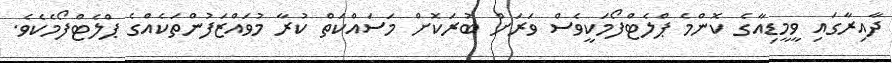
ދާއިރާގައި ވީމީޑިއާގެ ކޮންމެ ޕްލެޓްފޯމަކީވެސް ވަރަށް ބުރަކޮށް މަސައްކަތް ކުރާ މުވައްޒަފުންތަކެއްގެ ޕްލެޓްފޯމެކެވެ.